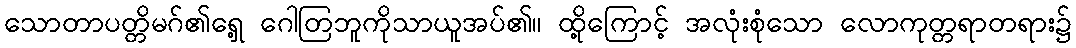
သောတာပတ္တိမဂ်၏ရှေ့ ဂေါတြဘူကိုသာယူအပ်၏။ ထို့ကြောင့် အလုံးစုံသော လောကုတ္တရာတရား၌